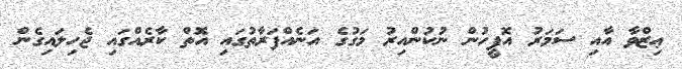
ޢިޒްވާ އާއި ސަމަރު އޮފީހުން ނުކުންއިރު މަގުގެ އަނެއްފަރާތުގައި އޮތް ކާރެއްގައި ޖެހިލައިގެން